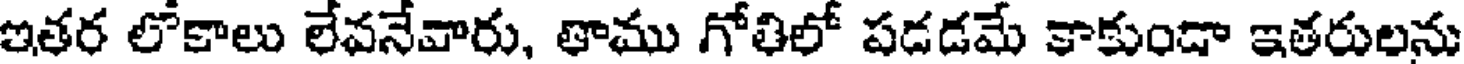
ఇతర లోకాలు లేవనేవారు, తాము గోతిలో పడడమే కాకుండా ఇతరులను